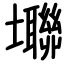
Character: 壣